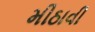
મીઠાવી